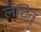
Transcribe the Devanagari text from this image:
लैटिन्